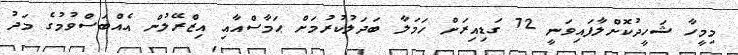
މިމީހާ ޝަހީދުކޮށްލާފައިވަނީ 72 ގަޑިއިރަށް ހަމަލާ ބަދަލުކުރުމަށް ޙަމާސްއާއި އިޒްރޭލުން އެއްބަސްވުމުގެ މަދު